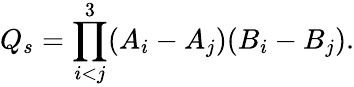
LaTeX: Q_{s}=\prod_{i<j}^{3}(A_{i}-A_{j})(B_{i}-B_{j}).